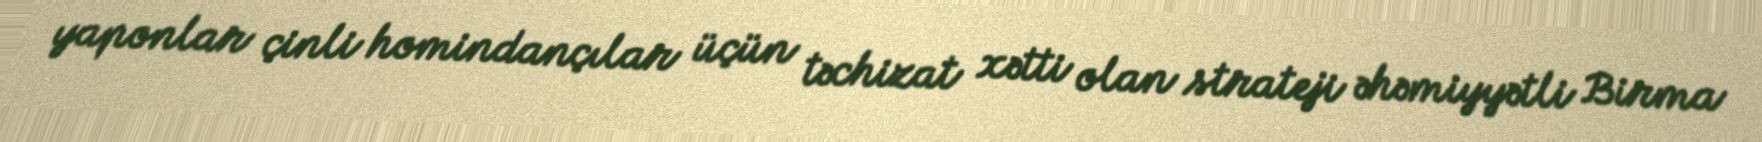
yaponlar çinli homindançılar üçün təchizat xətti olan strateji əhəmiyyətli Birma